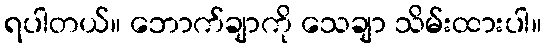
ရပါတယ်။ ဘောက်ချာကို သေချာ သိမ်းထားပါ။